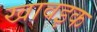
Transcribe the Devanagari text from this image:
खावइक